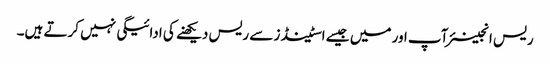
ریس انجینئر آپ اور میں جیسے اسٹینڈز سے ریس دیکھنے کی ادائیگی نہیں کرتے ہیں۔